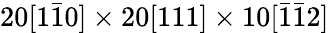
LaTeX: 20[1\bar{1}0]\times 20[111]\times 10[\bar{1}\bar{1}2]